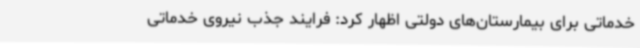
خدماتی برای بیمارستان‌های دولتی اظهار کرد: فرایند جذب نیروی خدماتی